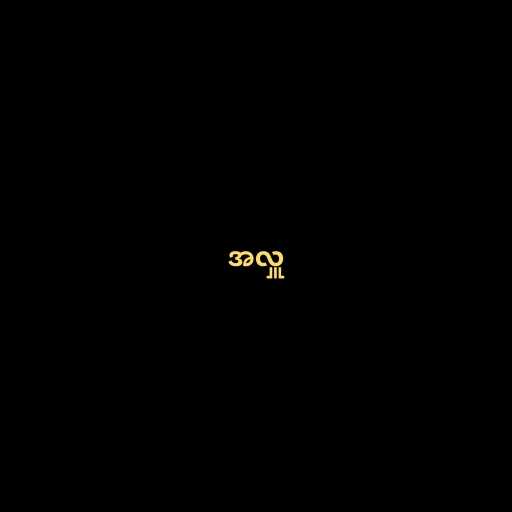
အလှူ